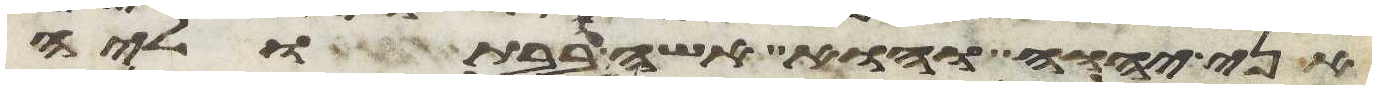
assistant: אני יהוה והוא אשה בבתוליה